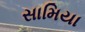
સામિયા